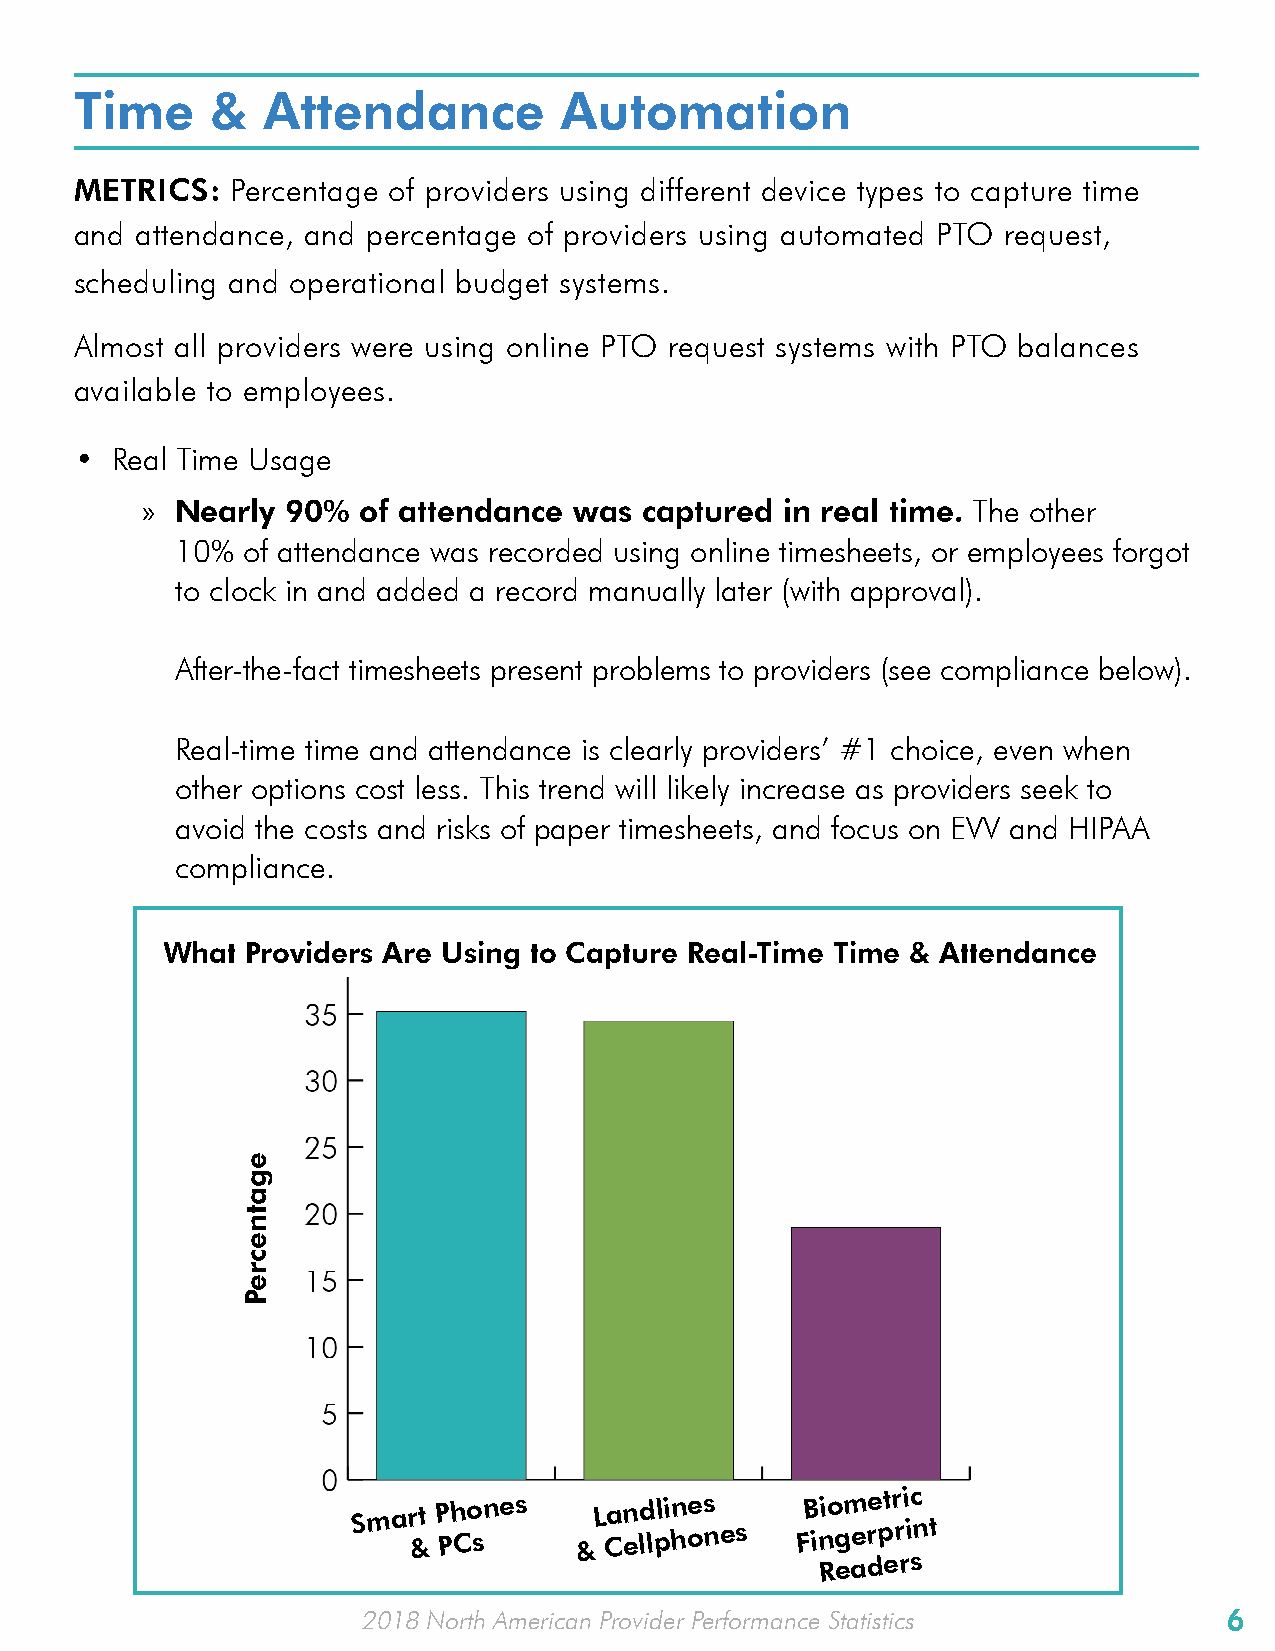
Time     &  Attendance          Automation
 METRICS:  Percentage of providers using different device types to capture time
 and attendance, and percentage of providers using automated PTO request,
 scheduling and operational budget systems.
 Almost all providers were using online PTO request systems with PTO balances
 available to employees.
 • Real Time Usage
 »  Nearly 90%  of attendance was  captured in real time. The other
 10% of attendance was recorded using online timesheets, or employees forgot
 to clock in and added a record manually later (with approval).
 After-the-fact timesheets present problems to providers (see compliance below).
 Real-time time and attendance is clearly providers’ #1 choice, even when
 other options cost less. This trend will likely increase as providers seek to
 avoid the costs and risks of paper timesheets, and focus on EVV and HIPAA
 compliance.
 What Providers Are Using to Capture Real-Time Time & Attendance
 Sma r &t P Ph Co snes &L Can eld lpli hn oes
 nes
 FB inio gm ere ptr ri ic
 n t
 Readers
 2018 North American Provider Performance Statistics      6
 egatnecreP